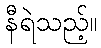
နီရဲသည့်။